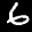
Label: 6